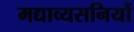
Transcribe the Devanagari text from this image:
मद्याव्यसनियों